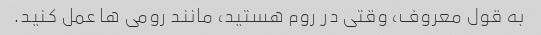
به قول معروف، وقتی در روم هستید، مانند رومی ها عمل کنید.